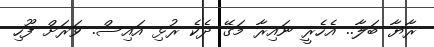
ރާޔާ ބަލާ.. އެހެރީ ނައިރާ މަގޭ ދެކެ ރުޅި އައިސް. ވަރަށް ފޫހި